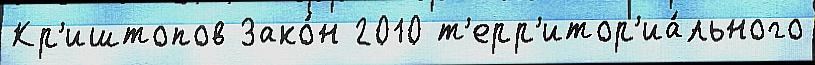
Кр'иштопов Зако́н 2010 т'ерр'итор'иа́льного